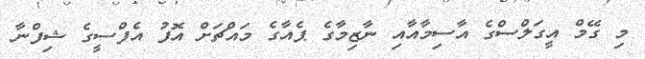
މި ގޭމް އީގަލްސްގެ އާސިމާއާއި ނާޒިމާގެ ޕެއާގެ މައްޗަށް އޮފު އެފްސީގެ ޝިފްނާ